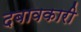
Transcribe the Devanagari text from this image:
दबावकारी